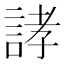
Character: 誟